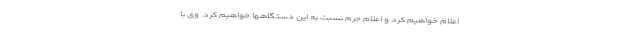
اعلام خواهیم کرد و اعلام جرم نسبت به این دستگاهها خواهیم کرد. وی با